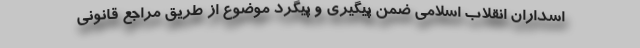
اسداران انقلاب اسلامی ضمن پیگیری و پیگرد موضوع از طریق مراجع قانونی